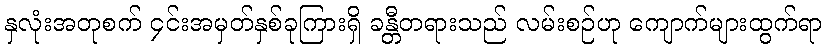
နှလုံးအတုစက် ၄င်းအမှတ်နှစ်ခုကြားရှိ ခန္တီတရားသည် လမ်းစဉ်ဟု ကျောက်များထွက်ရာ